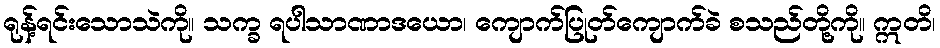
ရုန့်ရင်းသောသဲကို။ သက္ခ ရပါသာဏာဒယော၊ ကျောက်ပြုတ်ကျောက်ခဲ စသည်တို့ကို။ ဣတိ၊